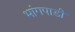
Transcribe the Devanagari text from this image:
भांगपाडी